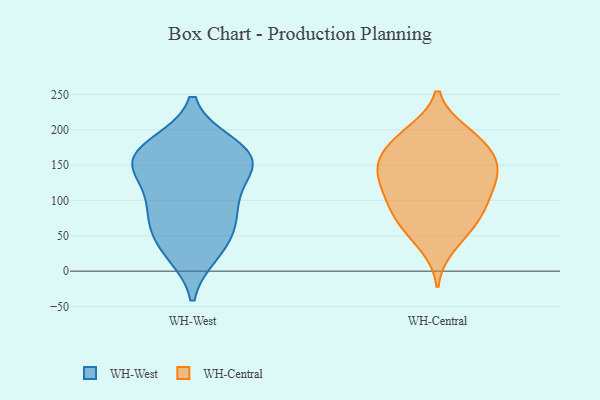
{"axis": {"x": "Revenue (USD Million)", "y": "Value"}, "legend": ["WH-Central", "WH-West"], "data": [{"x": "", "y": 178, "type": "WH-West"}, {"x": "", "y": 83, "type": "WH-West"}, {"x": "", "y": 148, "type": "WH-West"}, {"x": "", "y": 155, "type": "WH-West"}, {"x": "", "y": 34, "type": "WH-West"}, {"x": "", "y": 132, "type": "WH-West"}, {"x": "", "y": 83, "type": "WH-West"}, {"x": "", "y": 27, "type": "WH-West"}, {"x": "", "y": 165, "type": "WH-West"}, {"x": "", "y": 153, "type": "WH-West"}, {"x": "", "y": 173, "type": "WH-West"}, {"x": "", "y": 94, "type": "WH-West"}, {"x": "", "y": 53, "type": "WH-West"}, {"x": "", "y": 105, "type": "WH-Central"}, {"x": "", "y": 83, "type": "WH-Central"}, {"x": "", "y": 197, "type": "WH-Central"}, {"x": "", "y": 62, "type": "WH-Central"}, {"x": "", "y": 191, "type": "WH-Central"}, {"x": "", "y": 85, "type": "WH-Central"}, {"x": "", "y": 166, "type": "WH-Central"}, {"x": "", "y": 142, "type": "WH-Central"}, {"x": "", "y": 167, "type": "WH-Central"}, {"x": "", "y": 121, "type": "WH-Central"}, {"x": "", "y": 158, "type": "WH-Central"}, {"x": "", "y": 126, "type": "WH-Central"}, {"x": "", "y": 195, "type": "WH-Central"}, {"x": "", "y": 141, "type": "WH-Central"}, {"x": "", "y": 58, "type": "WH-Central"}, {"x": "", "y": 158, "type": "WH-Central"}, {"x": "", "y": 89, "type": "WH-Central"}, {"x": "", "y": 123, "type": "WH-Central"}, {"x": "", "y": 35, "type": "WH-Central"}]}